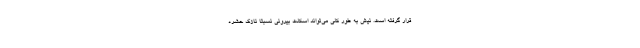
قرار گرفته است. نیش به طور کلی می‌تواند اسکلت بیرونی نسبتاً نازک حشره